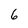
Character: 6